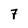
Character: 7